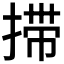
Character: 𰔇